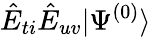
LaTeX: \hat{E}_{ti}\hat{E}_{uv}|\Psi^{(0)}\rangle